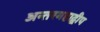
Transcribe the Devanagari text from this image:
अन्तरमहाद्वीप